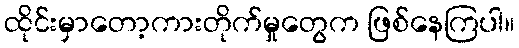
ထိုင်းမှာတော့ကားတိုက်မှုတွေက ဖြစ်နေကြပါ။